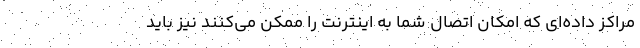
مراکز داده‌ای که امکان اتصال شما به اینترنت را ممکن می‌کنند نیز باید